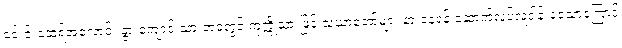
၎င်းင်းထေရ်အလောင်း နွားကျောင်းသားဘဝတွင် ကုက္ကိုသားဖြင့် သံဃာတော်များ နားနေရန် ဆောက်လုပ်လှူဒါန်းခဲ့သောကြောင့်